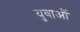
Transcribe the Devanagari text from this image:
युवाअों